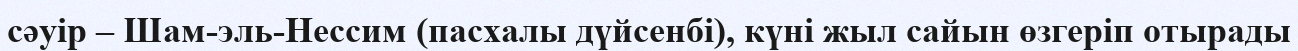
сәуір – Шам-эль-Нессим (пасхалы дүйсенбі), күні жыл сайын өзгеріп отырады